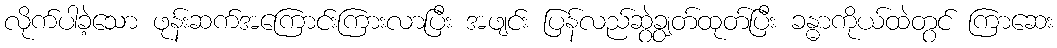
လိုက်ပါခဲ့သော ဖုန်းဆက်အကြောင်းကြားလာပြီး အဖျင်း ပြန်လည်ဆွဲချွတ်ထုတ်ပြီး ခန္ဓာကိုယ်ထဲတွင် ကြာဆေး